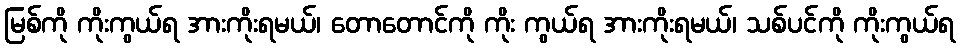
မြစ်ကို ကိုးကွယ်ရ အားကိုးရမယ်၊ တောတောင်ကို ကိုး ကွယ်ရ အားကိုးရမယ်၊ သစ်ပင်ကို ကိုးကွယ်ရ